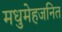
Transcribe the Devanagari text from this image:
मधुमेहजनित